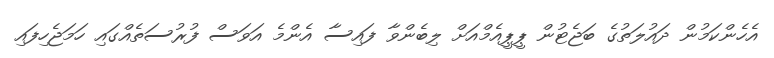
އެހެންކަމުން ދައުލަތުގެ ބަޖެޓުން ޕީޕީއެމްއަށް ލިބެންވާ ފައިސާ އެންމެ އަވަސް ފުރުސަތެއްގައި ހަަމަޖެހިފައި